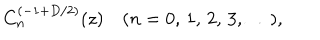
C _ { n } ^ { ( - 1 + D / 2 ) } ( z ) \quad ( n = 0 , \, 1 , \, 2 , \, 3 , \, \ldots ) ,